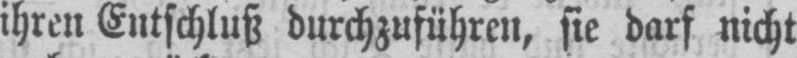
ihren Entschluß durchzuführen, sie darf nicht